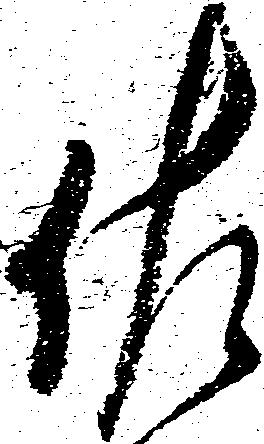
佐